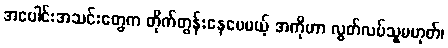
အပေါင်းအသင်းတွေက တိုက်တွန်းနေပေမယ့် အကိုဟာ လွတ်လပ်သူမဟုတ်၊